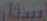
استار